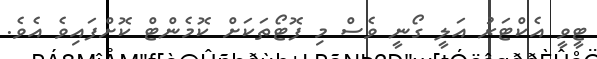
ޓީވީ އެކްޓަރު އަލީ ގޯނީ ވެސް މި ފޮޓޯތަކަށް ކޮމެންޓް ކޮށްފައިވެ އެވެ.